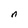
Character: n